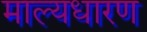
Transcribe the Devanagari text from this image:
माल्यधारण